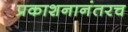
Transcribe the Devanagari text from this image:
प्रकाशनानंतरच